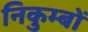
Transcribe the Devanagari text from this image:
निकुम्बों